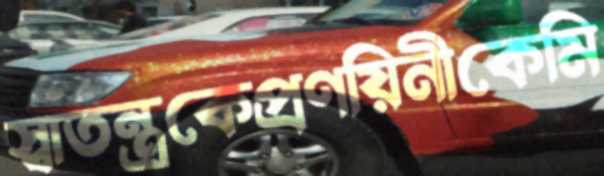
স্বাতন্ত্রকেপ্রণয়িনীকেমি